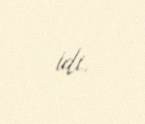
idi.